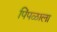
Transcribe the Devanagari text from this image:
पिंपळाला